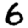
Digit: 6